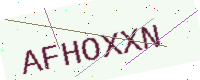
Text: AFHOXXN